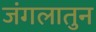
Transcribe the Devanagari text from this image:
जंगलातुन